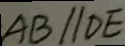
A B / / D E